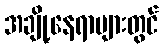
အချို့နေရာများတွင်